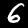
Label: 6